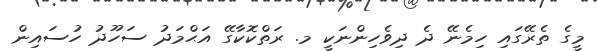
މީގެ ތެރޭގައި ހިމެނޭ ދެ ދިވެހިންނަކީ މ. ރަތްކޮކާގޭ އަޙްމަދު ސަހޫދު ހުސައިން